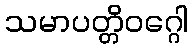
သမာပတ္တိဝဂ္ဂေါ